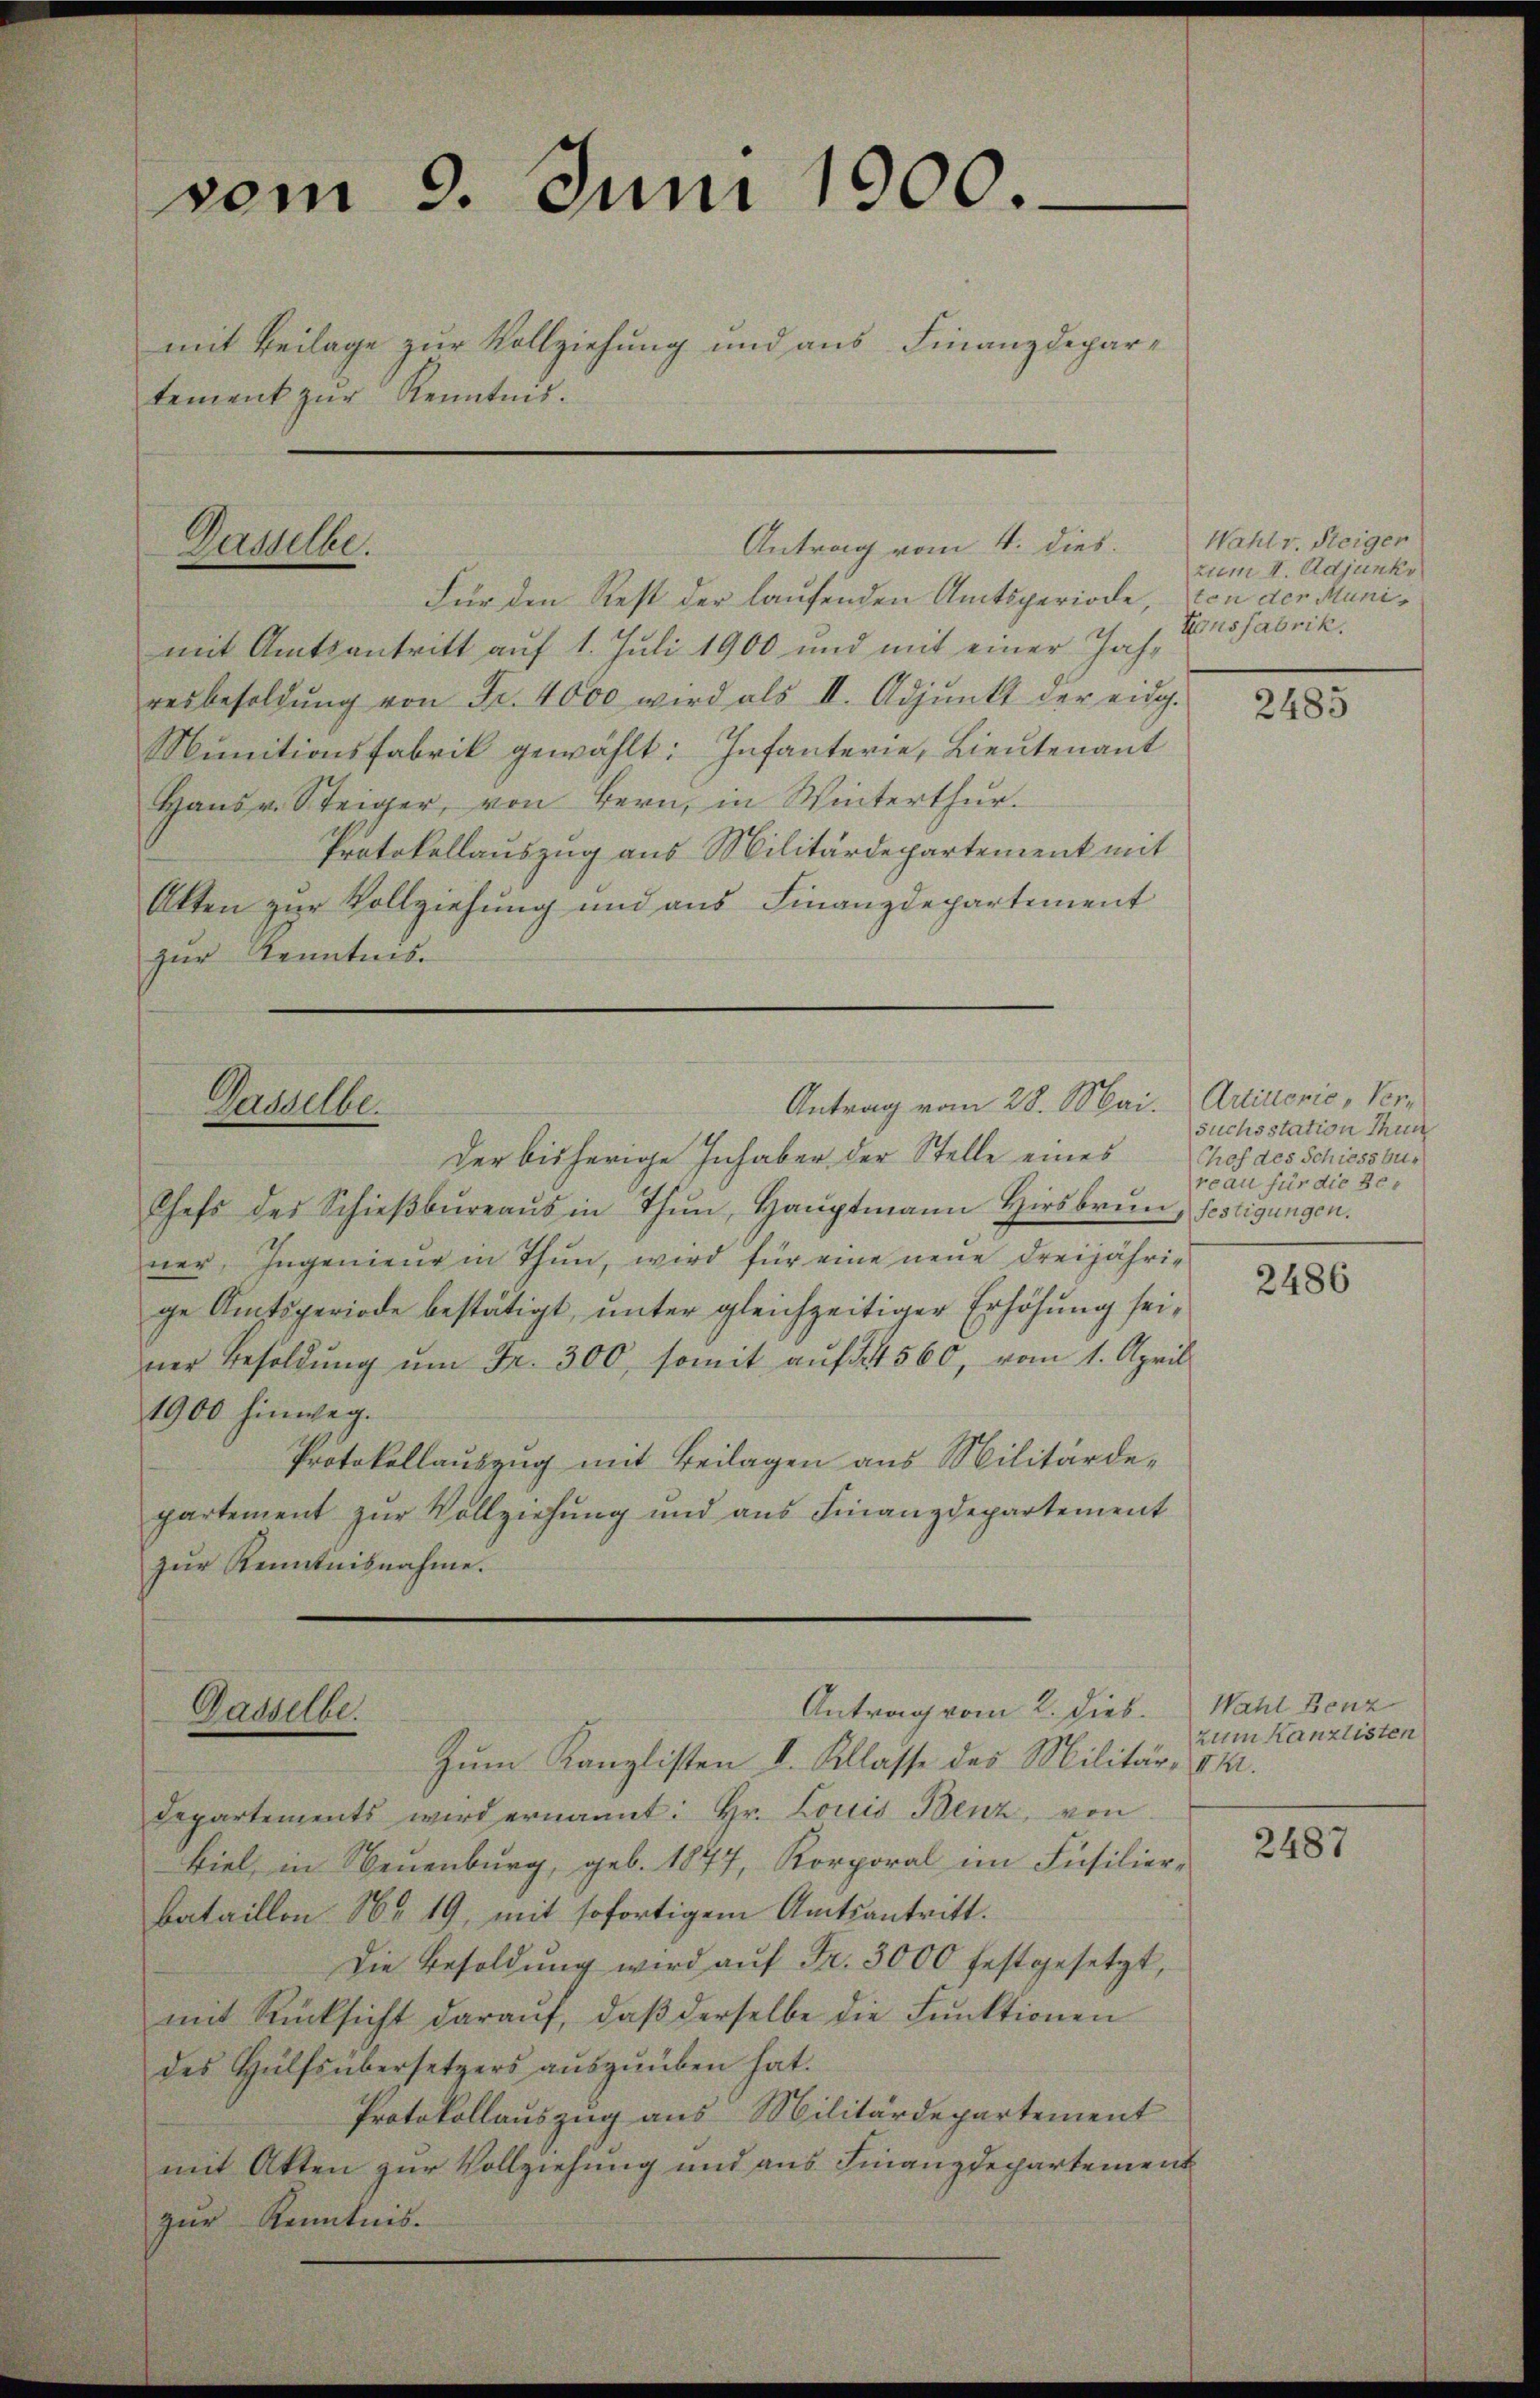
vom 9. Juni 1900.
mit Beilage zur Vollziehung und aus Finanzdepartement zŭr Kenntnis.

Für den Rest der laufenden Amtsperiode, von der Munimit Amtsantritt auf 1. Juli 1900 und mit einer Jahresbesoldŭng von Fr. 4000 wird als II. Adjunkt der eidg.
Munitionsfabrik gewählt: Infanterie, Lieutenant
Hans v. Steiger, von Bern, in Winterthur.
Protokollauszug aus Militärdepartement mit
Akten zur Vollziehung und aus Finanzdepartement
zur Kenntnis.

Dasselbe.

Antrag vom 4. dies.

Antrag vom 28. Mai. Artillerie, Ver¬
Dasselbe.
Der bisherige Inhaber der Stelle eines Chef des Schiessbur

Antrag vom 2. Dieb. Wahl Benz
Gasselbe.
Zum Kanzlisten I. Klasse des Militär- M.

Chefs des Schieβbŭreaŭs in Thun, Haŭptmann Hirsbrŭn, Festigungen.
ner, Ingenieŭr in Thun, wird für eine neŭe dreijähri-
ge Amtsperiode bestätigt, unter gleichzeitiger Erhöhung seiner Besoldŭng ŭm Fr. 300, somit auf § 560, vom 1. April
1900 hinweg.
Protokollauszug mit Beilagen aus Militärde-
partement zur Vollziehung und aus Finanzdepartement
zur Kenntnisnahme.

Wahl v. Steiger
zum I. Adjunkr
Eonsfabrik.

Departements wird ernannt: Hr. Louis Benz, von
Biel, in Neuenburg, geb. 1877, Korporal im Füsilier-
bataillon Nr. 19, mit sofortigem Amtsantritt.
Die Besoldŭng wird aŭf Fr. 3000 festgesetzt,
mit Rücksicht darauf, daß derselbe die Funktionen
des Hülfsübersetzers auszuüben hat.
Protokollauszug aus Militärdepartement
mit Akten zur Vollziehung und aus Finanzdepartement
zur Kenntnis.

2485

suchsstation thun
reau für die Be¬

2486

zum Kanzlisten

2487